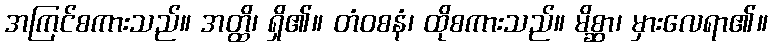
အကြင်စကားသည်။ အတ္ထိ၊ ရှိ၏။ တံဝစနံ၊ ထိုစကားသည်။ မိစ္ဆာ၊ မှားလေရာ၏။